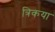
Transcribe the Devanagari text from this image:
त्रिकया